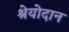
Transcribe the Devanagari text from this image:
श्रेयोदान